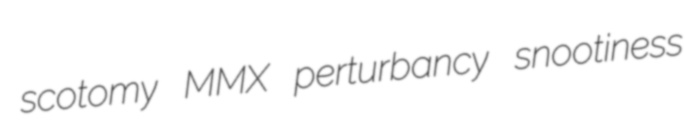
scotomy MMX perturbancy snootiness